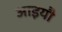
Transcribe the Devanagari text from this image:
आइयौ